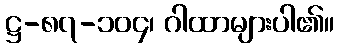
ဋ္ဌ-၈၇-၁၀၄၊ ဂါထာများပါ၏။